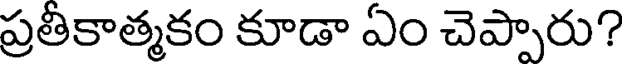
ప్రతీకాత్మకం కూడా ఏం చెప్పారు?